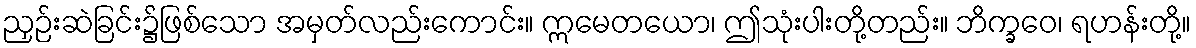
ညှဉ်းဆဲခြင်း၌ဖြစ်သော အမှတ်လည်းကောင်း။ ဣမေတယော၊ ဤသုံးပါးတို့တည်း။ ဘိက္ခဝေ၊ ရဟန်းတို့။